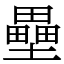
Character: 壘